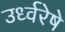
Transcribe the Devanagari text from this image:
उर्ध्वरेषे